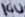
Text: 16U